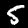
Digit: 5